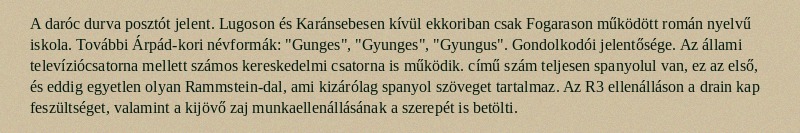
A daróc durva posztót jelent. Lugoson és Karánsebesen kívül ekkoriban csak Fogarason működött román nyelvű iskola. További Árpád-kori névformák: "Gunges", "Gyunges", "Gyungus". Gondolkodói jelentősége. Az állami televíziócsatorna mellett számos kereskedelmi csatorna is működik. című szám teljesen spanyolul van, ez az első, és eddig egyetlen olyan Rammstein-dal, ami kizárólag spanyol szöveget tartalmaz. Az R3 ellenálláson a drain kap feszültséget, valamint a kijövő zaj munkaellenállásának a szerepét is betölti.